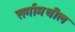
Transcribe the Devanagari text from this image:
सर्गामधील